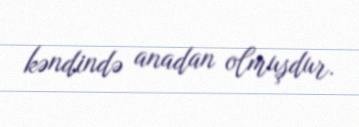
kəndində anadan olmuşdur.